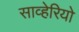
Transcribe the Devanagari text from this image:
साव्हेरियो